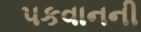
પકવાનની